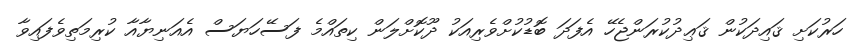
ހަރުކަށި ޤައިދަކުން ޤަޢިދުކުރަންޖެހޭ އެފަދަ ބޮޑުކުށްވެރިއަކު ދޫކޮށްލަން ކިތައްމެ ފަސޭހަޔަސް އެއަނިޔާއާ ކުރިމަތިވެފައިވާ